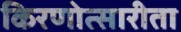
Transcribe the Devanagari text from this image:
किरणोत्सारीता